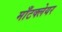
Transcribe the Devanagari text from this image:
माँटक्लेयर